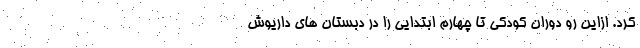
کرد. ازاین رو دوران کودکی تا چهارم ابتدایی را در دبستان های داریوش